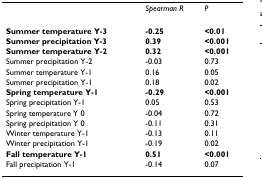
<table><thead><tr><td></td><td><b><i>Spearman R</i></b></td><td><b><i>P</i></b></td></tr></thead><tbody><tr><td><b>Summer temperature Y-3</b></td><td><b>-0.25</b></td><td><b>&lt;0.01</b></td></tr><tr><td><b>Summer precipitation Y-3</b></td><td><b>0.39</b></td><td><b>&lt;0.001</b></td></tr><tr><td><b>Summer temperature Y-2</b></td><td><b>0.32</b></td><td><b>&lt;0.001</b></td></tr><tr><td>Summer precipitation Y-2</td><td>-0.03</td><td>0.73</td></tr><tr><td>Summer temperature Y-1</td><td>0.16</td><td>0.05</td></tr><tr><td>Summer precipitation Y-1</td><td>0.18</td><td>0.02</td></tr><tr><td><b>Spring temperature Y-1</b></td><td><b>-0.29</b></td><td><b>&lt;0.001</b></td></tr><tr><td>Spring precipitation Y-1</td><td>0.05</td><td>0.53</td></tr><tr><td>Spring temperature Y 0</td><td>-0.04</td><td>0.72</td></tr><tr><td>Spring precipitation Y 0</td><td>-0.11</td><td>0.31</td></tr><tr><td>Winter temperature Y-1</td><td>-0.13</td><td>0.11</td></tr><tr><td>Winter precipitation Y-1</td><td>-0.19</td><td>0.02</td></tr><tr><td><b>Fall temperature Y-1</b></td><td><b>0.51</b></td><td><b>&lt;0.001</b></td></tr><tr><td>Fall precipitation Y-1</td><td>-0.14</td><td>0.07</td></tr></tbody></table>